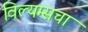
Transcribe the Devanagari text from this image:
विल्यम्सचा